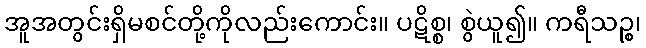
အူအတွင်းရှိမစင်တို့ကိုလည်းကောင်း။ ပဋိစ္စ၊ စွဲယူ၍။ ကရီသဉ္စ၊